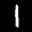
Label: 1